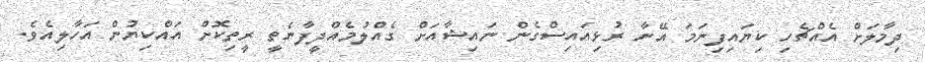
ދިމާލަށް އެއްޗެހި ކިޔައިފިނަމަ އޭނާ ރުޅިއައިސްގެން ނައިޝާއަށް ގެއްލުމެއްދީފާނެތީ ރީތިކޮށް އައްކިޔުން އަހާލިއެވެ.